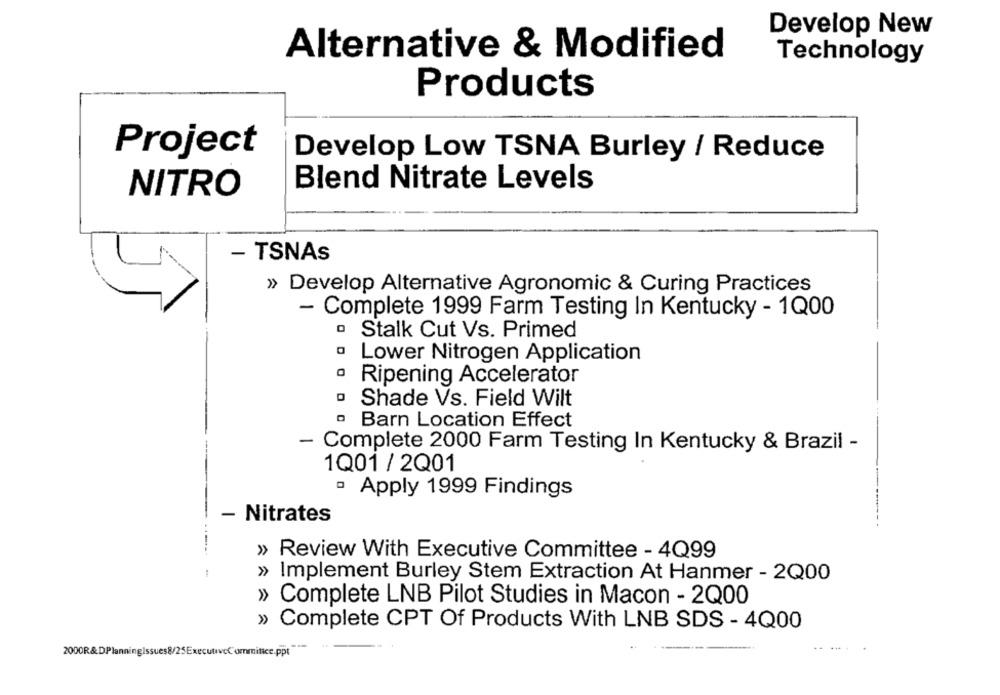
Develop New
Alternative & Modified
Technology
Products
Project
Develop Low TSNA Burley / Reduce
Blend Nitrate Levels
NITRO
- TSNAs
» Develop Alternative Agronomic & Curing Practices
- Complete 1999 Farm Testing In Kentucky - 1Q00
Stalk Cut Vs. Primed
Lower Nitrogen Application
· Ripening Accelerator
Shade Vs. Field Wilt
· Barn Location Effect
- Complete 2000 Farm Testing In Kentucky & Brazil -
1Q01 / 2Q01
Apply 1999 Findings
- Nitrates
>> Review With Executive Committee - 4Q99
» Implement Burley Stem Extraction At Hanmer - 2Q00
» Complete LNB Pilot Studies in Macon - 2Q00
» Complete CPT Of Products With LNB SDS - 4Q00
2000R&DPlanningIssues8/25ExecutiveCommittee.ppt